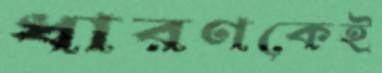
ধারণকেই